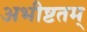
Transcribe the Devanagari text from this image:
अभीष्टतम्